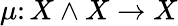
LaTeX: \mu\colon X\wedge X\to X